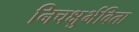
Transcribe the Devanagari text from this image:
निचक्षुर्भविता